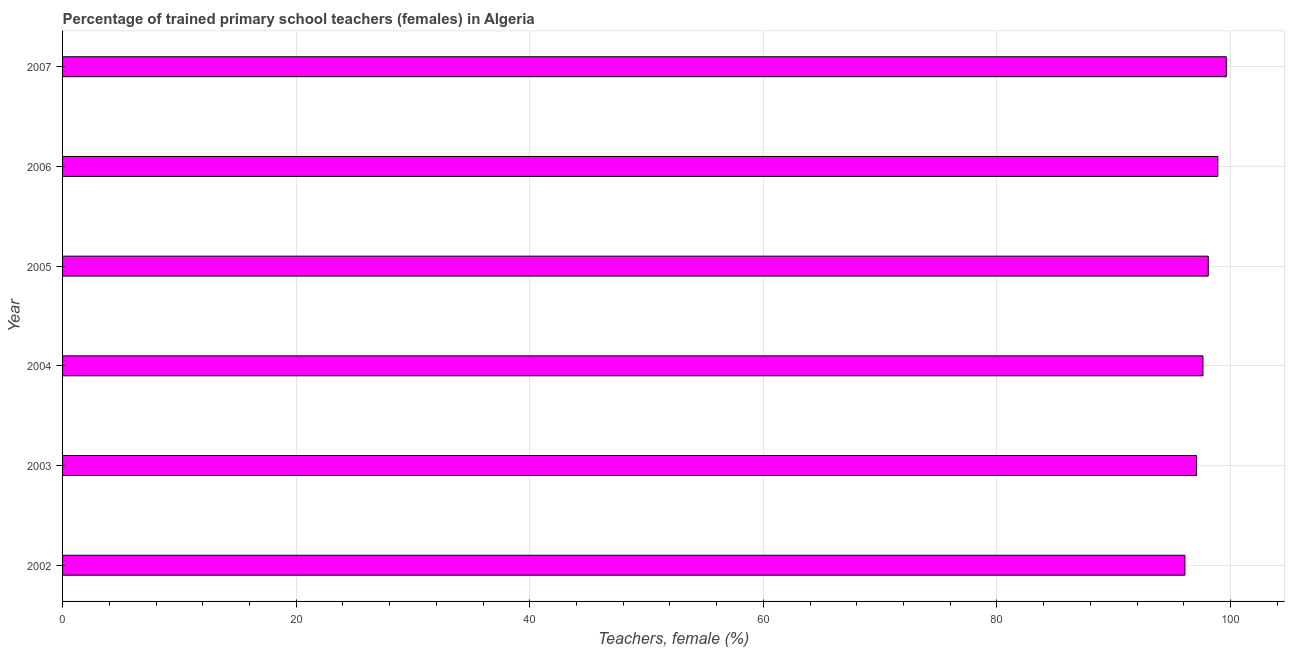
| Year | Trained teachers female |
 | --- | --- |
 | 2002 | 96.1 |
 | 2003 | 97.1 |
 | 2004 | 97.6 |
 | 2005 | 98.1 |
 | 2006 | 98.9 |
 | 2007 | 99.6 |